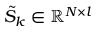
\tilde { S } _ { k } \in \mathbb { R } ^ { N \times l }